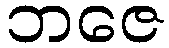
ဘဇေ